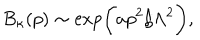
B _ { \kappa } ( p ) \sim \exp \biggl ( a p ^ { 2 } / \Lambda ^ { 2 } \biggr ) ,